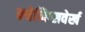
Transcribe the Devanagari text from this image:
क्येनिग्सवेर्ख